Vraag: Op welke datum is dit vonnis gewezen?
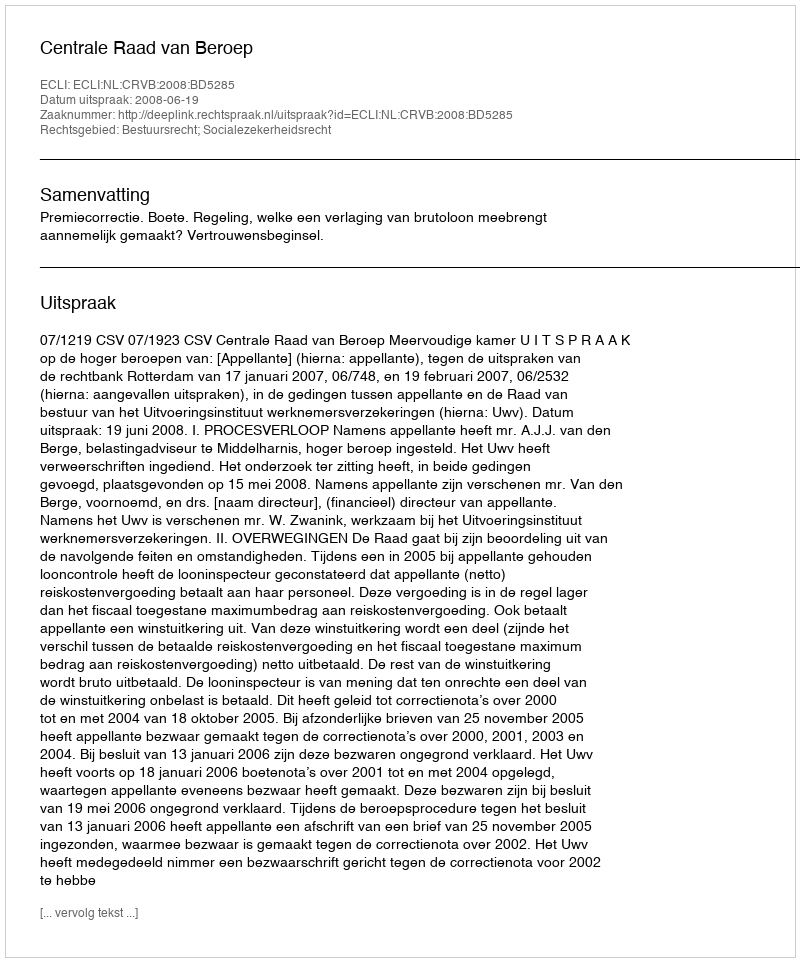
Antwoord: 2008-06-19